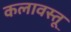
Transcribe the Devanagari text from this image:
कलावस्तू